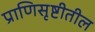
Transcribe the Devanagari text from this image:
प्राणिसृष्टीतील